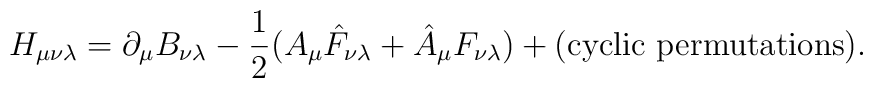
H_{\mu\nu\lambda}=\partial_\mu B_{\nu\lambda}-{1\over2}(A_\mu\hat{F}_{\nu\lambda}+\hat{A}_\mu F_{\nu\lambda})+({\rm cyclic\ permutations}).